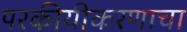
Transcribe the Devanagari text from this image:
परकीयीकरणाचा